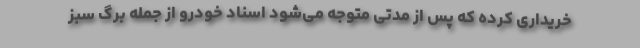
خریداری کرده که پس از مدتی متوجه می‌شود اسناد خودرو از جمله برگ سبز